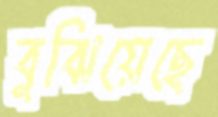
বুঝিয়েছে